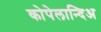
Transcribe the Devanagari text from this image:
कोपेलान्दिअ